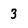
Character: 3